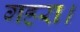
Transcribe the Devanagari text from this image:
गहरा।